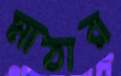
মাঠার